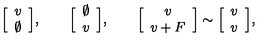
\Big [ \begin{array} { c } { v } \\ { \emptyset } \\ \end{array} \Big ] , \qquad \Big [ \begin{array} { c } { \emptyset } \\ { v } \\ \end{array} \Big ] , \qquad \Big [ \begin{array} { c } { v } \\ { v + F } \\ \end{array} \Big ] \sim \Big [ \begin{array} { c } { v } \\ { v } \\ \end{array} \Big ] ,